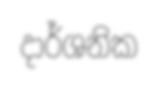
දාර්ශනික